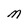
Character: M